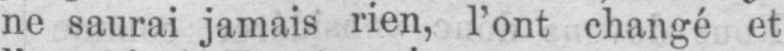
ne saurai jamais rien, l’ont changé et